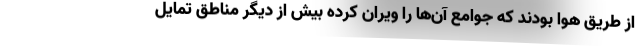
از طریق هوا بودند که جوامع آن‌ها را ویران کرده بیش از دیگر مناطق تمایل